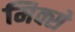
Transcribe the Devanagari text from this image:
मिक्से